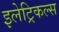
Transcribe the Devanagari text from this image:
इलेट्रिकल्स